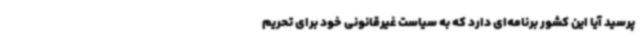
پرسید آیا این کشور برنامه‌ای دارد که به سیاست غیرقانونی خود برای تحریم